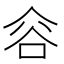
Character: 𰶐